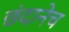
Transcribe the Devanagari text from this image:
छंदानेच